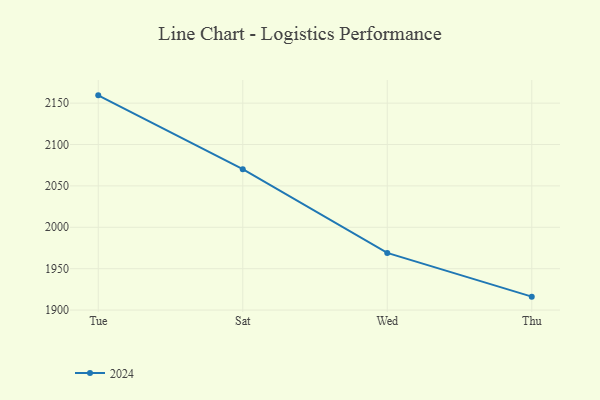
{"axis": {"x": "Day", "y": "Market Share (%)"}, "legend": ["2024"], "data": [{"x": "Tue", "y": 2159.4, "type": "2024"}, {"x": "Sat", "y": 2070.2, "type": "2024"}, {"x": "Wed", "y": 1969.0, "type": "2024"}, {"x": "Thu", "y": 1916.2, "type": "2024"}]}